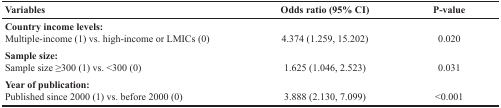
<table><thead><tr><td><b>Variables</b></td><td><b>Odds ratio (95% CI)</b></td><td><b>P-value</b></td></tr></thead><tbody><tr><td><b>Country income levels:</b>Multiple-income (1) vs. high-income or LMICs (0)</td><td>4.374 (1.259, 15.202)</td><td>0.020</td></tr><tr><td><b>Sample size:</b>Sample size ≥300 (1) vs. &lt;300 (0)</td><td>1.625 (1.046, 2.523)</td><td>0.031</td></tr><tr><td><b>Year of publication:</b>Published since 2000 (1) vs. before 2000 (0)</td><td>3.888 (2.130, 7.099)</td><td>&lt;0.001</td></tr></tbody></table>